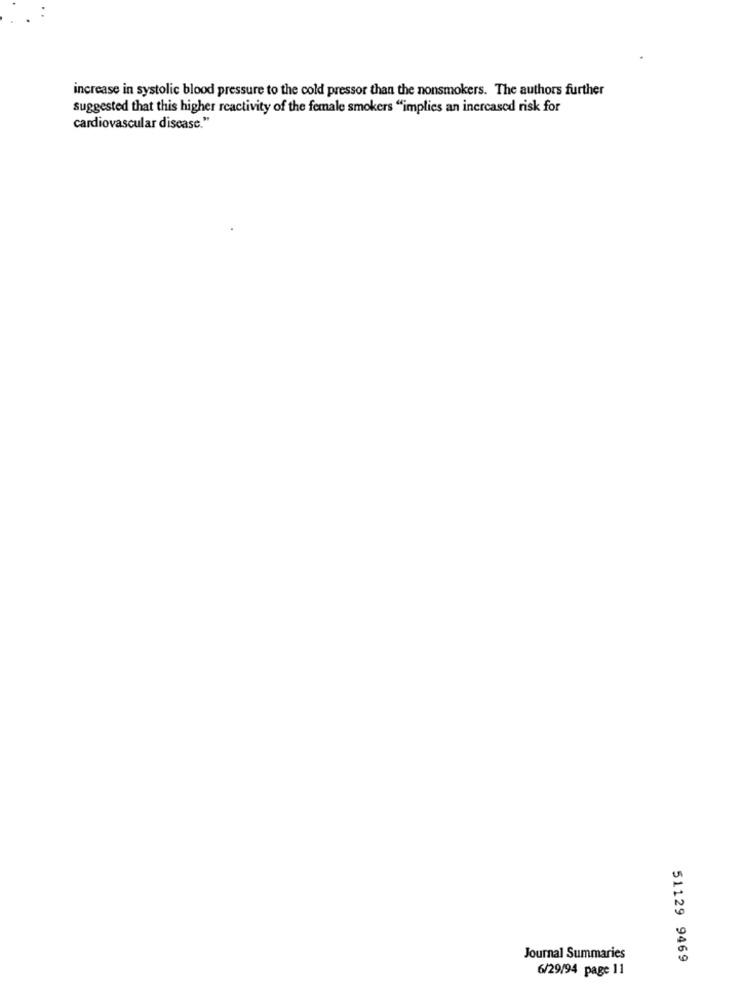
increase in systolic blood pressure to the cold pressor than the nonsmokers. The authors further
suggested that this higher reactivity of the female smokers "implies an increased risk for
cardiovascular disease."
Journal Summaries
51129 9469
6/29/94 page 11